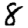
Digit: 8